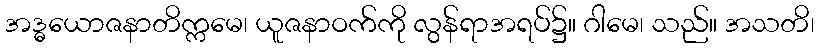
အဒ္ဓယောဇနာတိက္ကမေ၊ ယူဇနာဝက်ကို လွန်ရာအရပ်၌။ ဂါမေ၊ သည်။ အသတိ၊